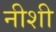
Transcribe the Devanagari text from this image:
नीशी